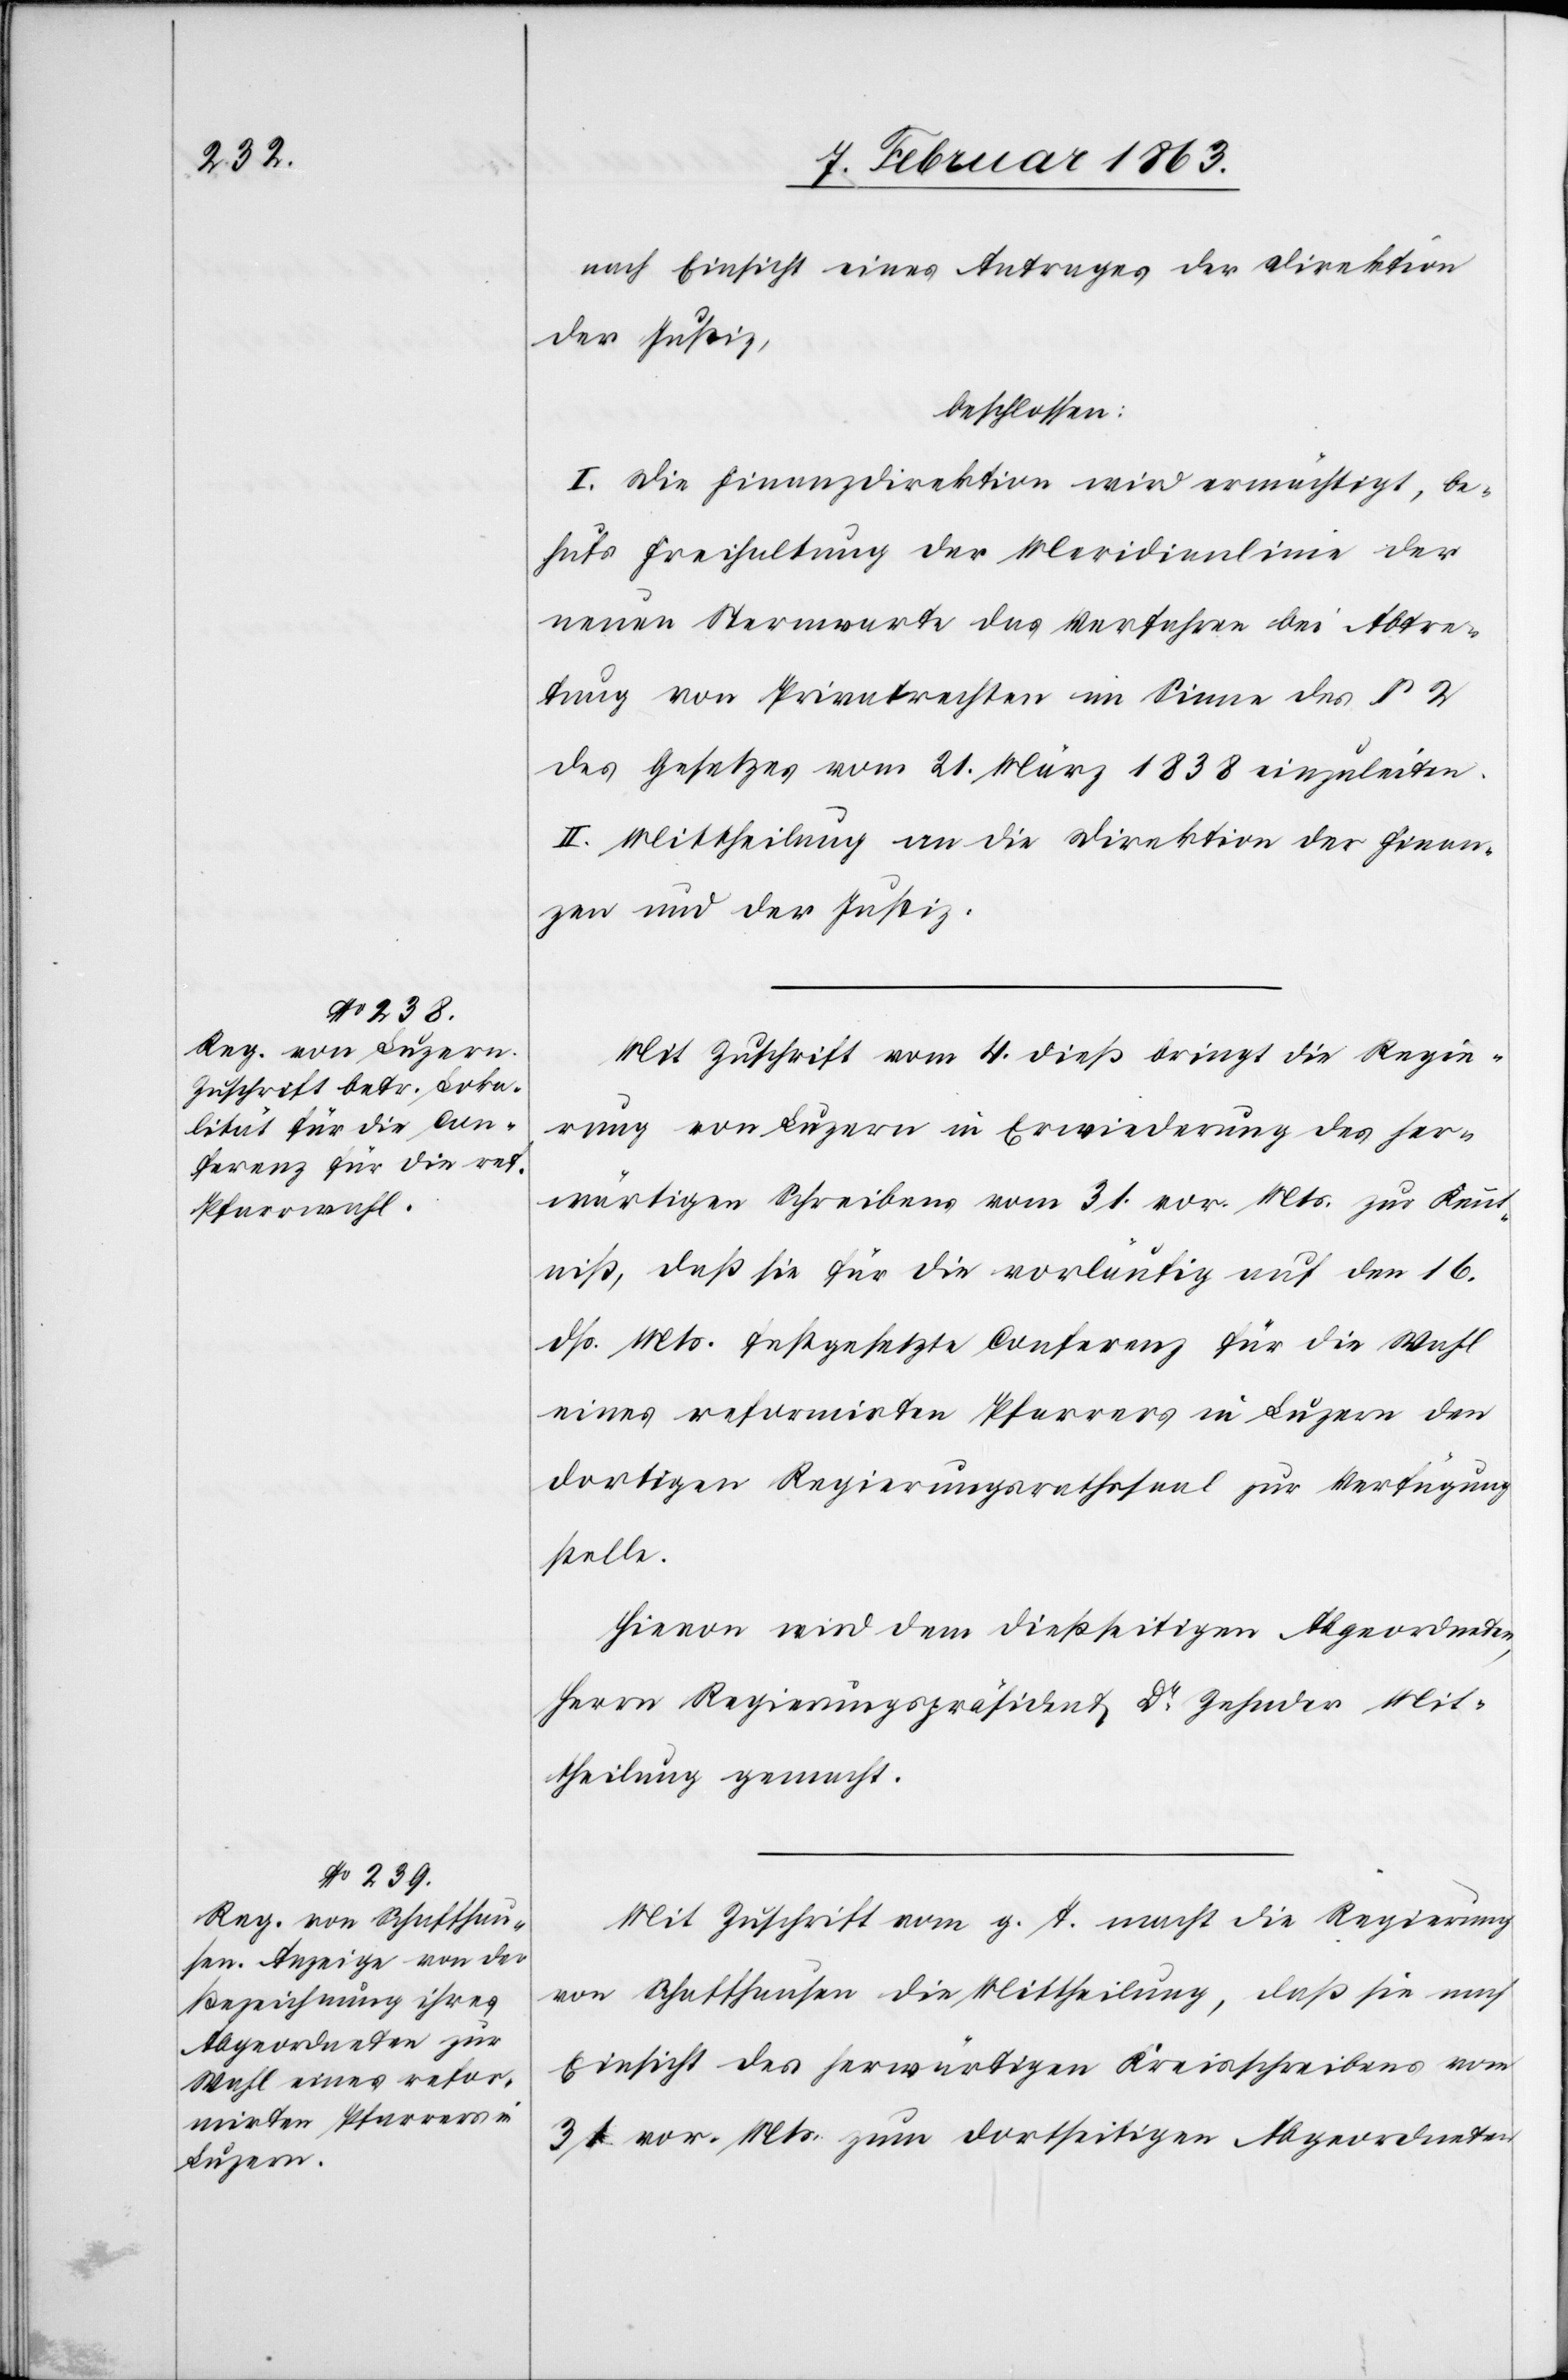
nach Einsicht eines Antrages der Direktion
der Justiz,
beschlossen:
I. Die Finanzdirektion wird ermächtigt, be¬
hufs Freihaltung der Meridianlinie der
neuen Sternwarte das Verfahren bei Abtre¬
tung von Privatrechten im Sinne des § 2
des Gesetzes vom 21. März 1838 einzuleiten.
II. Mittheilung an die Direktion der Finan¬
zen und der Justiz.
Mit Zuschrift vom 4. dieß bringt die Regie¬
rung von Luzern in Erwiederung des her¬
wärtigen Schreibens vom 31. vor. Mts. zur Kennt¬
niß, daß sie für die vorläufig auf den 16.
dß. Mts. festgesetzte Conferenz für die Wahl
eines reformirten Pfarrers in Luzern den
dortigen Regierungsrathssaal zur Verfügung
stelle.
Hievon wird dem dießseitigen Abgeordneten,
Herrn Regierungspräsident Dr Zehnder Mit¬
theilung gemacht.
Mit Zuschrift vom g. T. macht die Regierung
von Schaffhausen die Mittheilung, daß sie nach
Einsicht des herwärtigen Kreisschreibens vom
31. vor. Mts. zum dortseitigen Abgeordneten